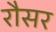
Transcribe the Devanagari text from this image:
रौसर